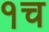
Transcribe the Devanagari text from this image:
१च